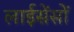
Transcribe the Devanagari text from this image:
लाईसेंसों